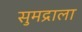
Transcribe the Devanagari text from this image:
सुमद्राला